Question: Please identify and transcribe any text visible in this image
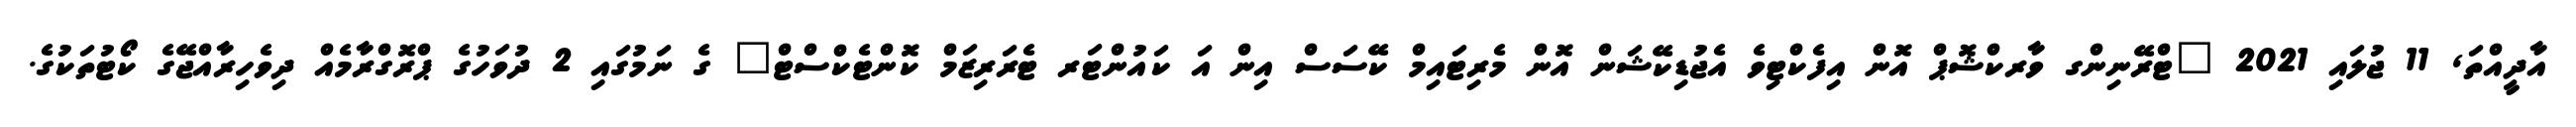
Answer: އާދީއްތަ, 11 ޖުލައި 2021 "ޓްރޭނިންގ ވާރކްޝޮޕް އޮން އިފެކްޓިވެ އެޖުޑިކޭޝަން އޮން މެރިޓައިމް ކޭސަސް އިން އަ ކައުންޓަރ ޓެރަރިޒަމް ކޮންޓެކްސްޓް" ގެ ނަމުގައި 2 ދުވަހުގެ ޕްރޮގްރާމެއް ދިވެހިރާއްޖޭގެ ކޯޓުތަކުގެ.